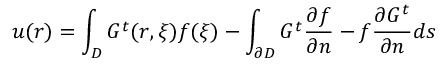
u ( \boldsymbol { r } ) = \int _ { D } G ^ { t } ( \boldsymbol { r } , \boldsymbol { \xi } ) f ( \boldsymbol { \xi } ) - \int _ { \partial D } G ^ { t } \frac { \partial f } { \partial n } - f \frac { \partial G ^ { t } } { \partial n } d s